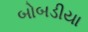
બોબડીયા